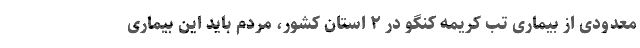
معدودی از بیماری تب کریمه کنگو در ۲ استان کشور، مردم باید این بیماری